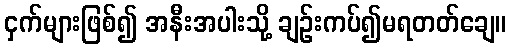
ငှက်များဖြစ်၍ အနီးအပါးသို့ ချဉ်းကပ်၍မရတတ်ချေ။